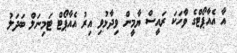
އާ އެއާޕޯޓްގެ ވާހަކަ ރައީސް ޔާމީން ވިދާޅުވި އިރު އެއާޕޯޓް ޓަމިނަލް ބަދަލު